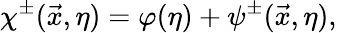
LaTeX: \chi^{\pm}(\vec{x},\eta)=\varphi(\eta)+\psi^{\pm}(\vec{x},\eta),